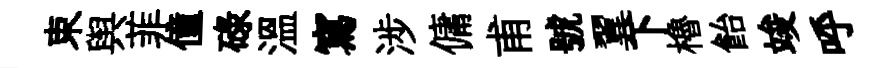
束舆菲僮碌溫寫涉傭甫號翼下櫓飴竣呼